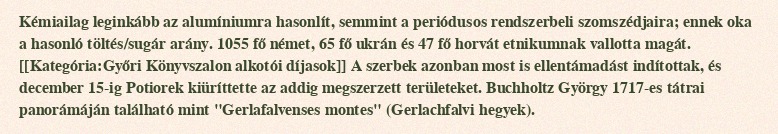
Kémiailag leginkább az alumíniumra hasonlít, semmint a periódusos rendszerbeli szomszédjaira; ennek oka a hasonló töltés/sugár arány. 1055 fő német, 65 fő ukrán és 47 fő horvát etnikumnak vallotta magát. [[Kategória:Győri Könyvszalon alkotói díjasok]] A szerbek azonban most is ellentámadást indítottak, és december 15-ig Potiorek kiüríttette az addig megszerzett területeket. Buchholtz György 1717-es tátrai panorámáján található mint "Gerlafalvenses montes" (Gerlachfalvi hegyek).